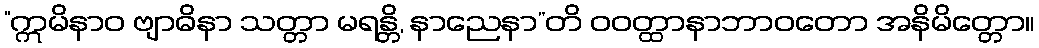
“ဣမိနာဝ ဗျာဓိနာ သတ္တာ မရန္တိ, နာညေနာ”တိ ဝဝတ္ထာနာဘာဝတော အနိမိတ္တော။